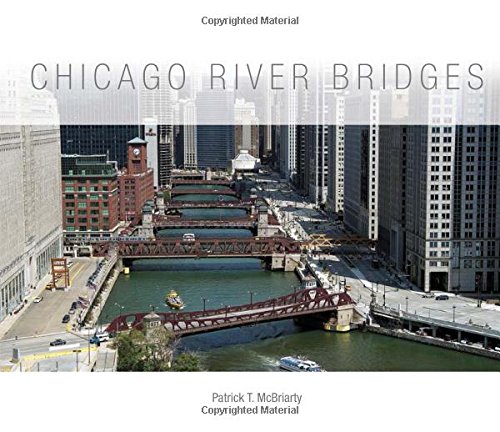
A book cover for Chicago River Bridges; Patrick T. McBriarty; Arts & Photography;